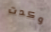
وكدت